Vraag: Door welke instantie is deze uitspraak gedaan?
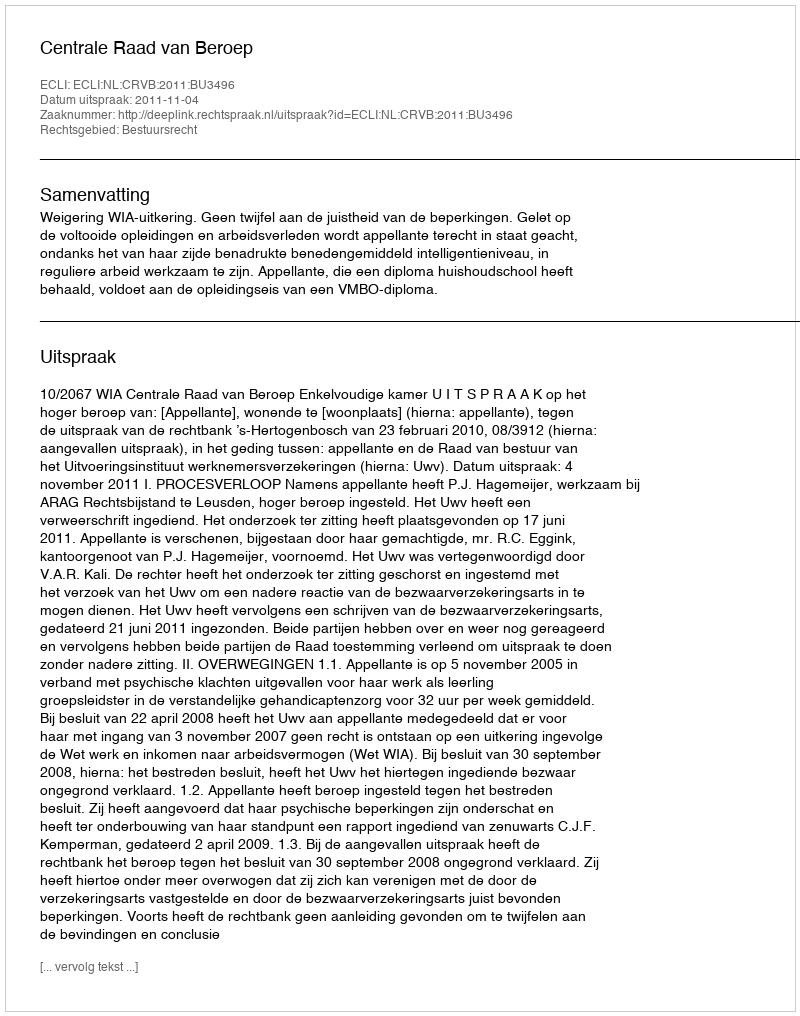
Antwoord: Centrale Raad van Beroep